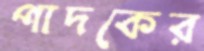
পাদকের